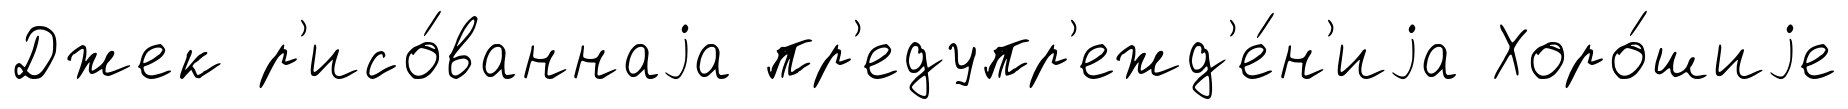
Джек р'исо́ваннаjа пр'едупр'ежд'е́н'иjа Хоро́шиjе